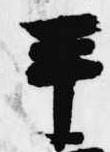
平